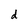
Character: d